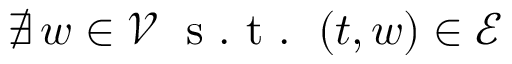
\nexists \, w \in \mathcal { V } \; \mathrm { ~ s ~ . ~ t ~ . ~ } \; ( t , w ) \in \mathcal { E }